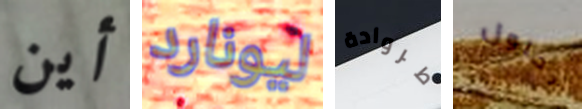
أين ليونارد طروادة بحلول